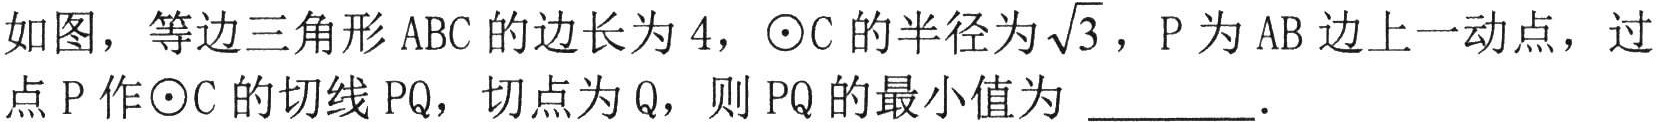
如图，等边三角形 \(ABC\) 的边长为 \(4\)，\(\odot C\) 的半径为 \(\sqrt{3}\)，\(P\) 为 \(AB\) 边上一动点，过点 \(P\) 作 \(\odot C\) 的切线 \(PQ\)，切点为 \(Q\)，则 \(PQ\) 的最小值为 \(\underline{\quad\quad}\)．